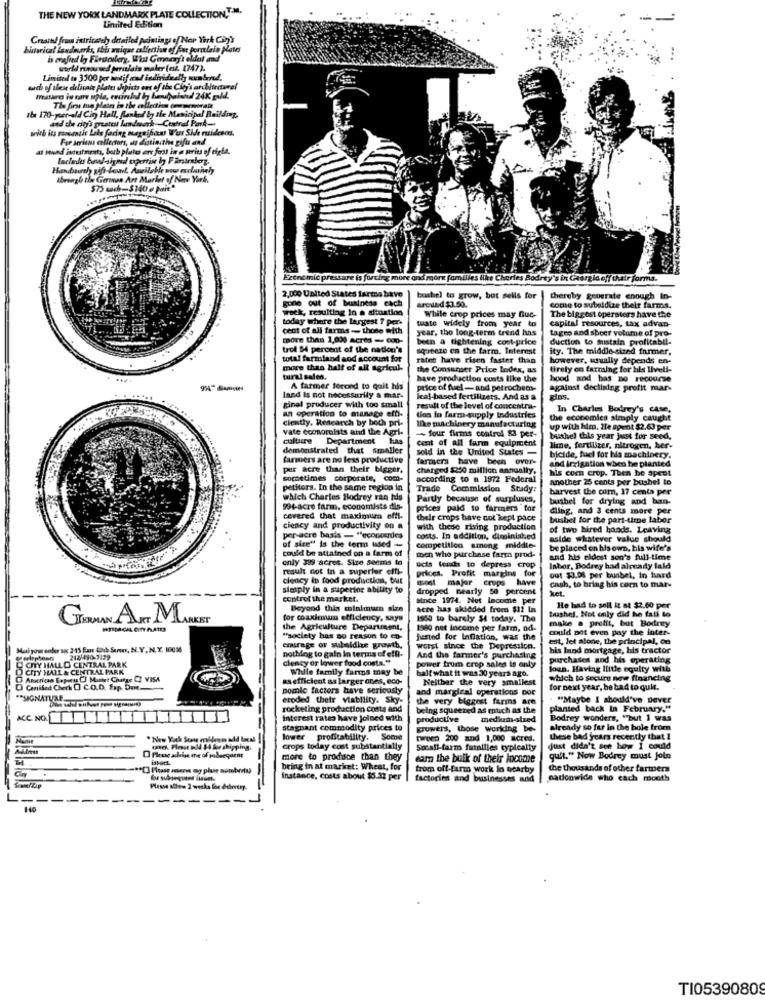
THE NEW YORK LANDMARK PLATE COLLECTION ,. T.M.
Limited Edition
Created frus intricateh detailed paintings of New York City's
bistarical landmarks, this unique collection of far poralain plates
is mrafied by Firstelery, W'ut Gmery's eldat and
world raised porulais maler (es. 2747).
Limited to 3500 per motif med individually numbered.
auch of these delicate plates depicts one of the Chy's architectural
the 170-year-old Cin Hall, Ranked by the Municipal Building,
The firm mo Hairs in the collection commemorate
and the city's greatest landowerk -Central Park-
wirb its masansie Lite faring magnificat West Side ruidesdes.
Fer Arrians collectors, as distincthe gift and
at mund iscuitments, both plates ere foot in a series of eigta.
Handwash sifr-Lont. Amilable ww esclarhely
Ibeweg& the German Art Market of New York.
575 cach-$140 e [wit*
Ex
Passare is forcing more and more familles like Cheries Bodrey's in Georgia eff thutr forms.
2,000 United States farma bave
gone out of business each
bushel to grow, but sells for
thereby generate enough In-
week, resulting in a situation
around $3.50.
come to subsidize their farms.
today where the largest ? per.
tuate widely from year to
While crop prices may nuc-
capital resources, tax advan-
The biggest operators have the
cent of all farma - those with
year, the long-term trend has
tageo and sheer volume of pro-
more than 1,000 Acres - coo-
been a tightening cont-price
trol 54 percent of the nation's
squeeze en the farm. Interest
rates have risen faster than
however, usually depends en-
more than half of all agricul.
the Consumer Price Index, as
tirely on farming for his liveli-
tural salen.
have production costs like the
hood and has no recourse
A farmer forced to quit his
price of fuel -and petrochem-
against declining profit mar-
land Is not necessarily & mar-
Jeal-based fertilizers. And as a
glas.
an operation to manage etti-
ginal producer with too small
result of the level of concentra-
In Charles Botrey's case,
ciently, Research by both pri-
les in farm-supply industries
the economics simply caught
vate conomists and the Agri-
like machinery manufacturing
- four firms control 83 per-
up with him. He spent $2,60 per
culture Department has
cent of all far equipment
bushel this year just for seed,
demonstrated that smaller
sold in the United States -
lime, fertilizer, nitrogen, her-
farmers are no less productive
farmicra have been over-
bicide, fuel for his machinery.
and irrigation when he planted
per acre than their bigger,
charged $250 million annually,
his com crop. Then be spent
commetimes corporate, com-
according to a 1972 Federal
Another 25 cents per bushel to
petitors. In the same region in
Trade Commission Stady:
harvest the corn, 17 cents per
which Charles Bodrey ran his
Partly because of surpluses,
busbel for drying and han-
994-acre farm, economists dis-
prices paid to farmers for
dling, and 3 cents more per
cevered that maximum effi-
their crops have not kept pace
bushel for the part-time labor
ciency and productivity on a
with thede rising production
of two hired hands. Leaving
per acre basis - "econosnies
costs. In addition, diminished
aside whatever value should
of sice" Is the term used -
could be attained on a farm of
competition among middle-
be placed on his own, his wife's
only 399 acres. Size seems to
men who purchase farma prod-
and his eldest son's full-time
result not in a superler effi-
ucts tends to depress crop
prices. Profit margins for
Inbor, Bodray had already fald
ciency in food production, but
most major crops have
out $3.08 per bunbel, In hard
simply in a superior ability to
dropped nearly 50 percent
cash, to bring his corn to mar-
Net.
controf the market.
since 1974. Net Income per
Beyond this minimum size
acre has skidded from $12 In
He had to sell It at $2.60 per
tuashel. Not only did he fati to
GERMAN AUT MARKET
for coaximum efficiency, says
1560 to barely $4 today. The
make . profit, but Bodrey
the Agriculture Department,
1960 net Income per fatm, ad-
could not even pay the loter-
"society has so reason to co-
juanted for Inflation, was the
est, let alone, the principal, on
Maiyou ender s 215 Em trh Server, N.Y. N.Y. 10036
nothing to gain in terms of effi-
emirage or subsidie growth,
worst since the Depression.
his land mortgage, his tractor
Gerirphones 212/490-3129
CITY HALLD CENTRAL PARK
ciency or lower food costa."
And the farmer's purchasing
purchases and his operating
O CITY HALL & CENTRAL PARK
Whole family farms may be
power from crop sales is only
half what it was 30 years ago.
loan. Having Ilitle equity with
Arouricas Copieu [3 Mastet Charge CI VISA
as efficient as larger ones, eco-
Neither the very smallest
which to secure new financing
O Coiled Check O C.O.D. Frp. Du
pomic factors have seriously
and margieal operations Doc
for next year, he ba4 to quit.
eroded their viability. Sky-
the very bigenst farms are
. "Maybe I should've Dever
rocketing production costs and
being squeezed as rotich as the
planted back In February."
ACC. NO.
interest rates have joined with
productive
medium-stred
Bodrey wonders, "but 1 was
stagnant commodity prices to
growers, those working be-
already so far in the hole from
Name
lower profitability. Some
Som
tween 200 and 1,000 acred.
these bad years recently that I
crops today cost substantially
Socall-tarm families typically
just didn't see how I could
more to produce than they
eam the bulk of their Income
quit." Now Bodrey must join
bring in at market: Wheat, for
from off-farm work In nearby
the thousands of other farmers
instance, ccots about $5.22 per
factories and businesses and
nationwide who cach rooth
Please schem 2 wetka los edirrty.
--
---
140
TI05390809